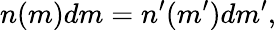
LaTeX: n(m)dm=n^{\prime}(m^{\prime})dm^{\prime},